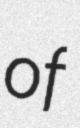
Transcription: of